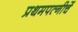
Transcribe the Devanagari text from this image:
प्रथमपत्नीचें